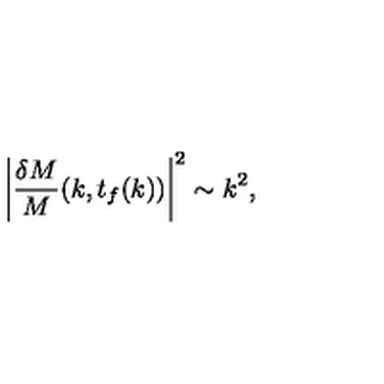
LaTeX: \left| { \frac { \delta M } { M } } ( k , t _ { f } ( k ) ) \right| ^ { 2 } \sim k ^ { 2 } ,